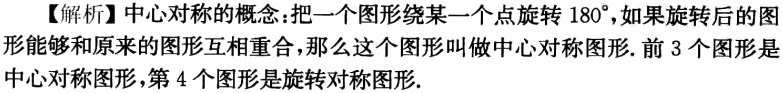
【解析】中心对称的概念：把一个图形绕某一个点旋转$180^{\circ}$，如果旋转后的图形能够和原来的图形互相重合，那么这个图形叫做中心对称图形. 前 3 个图形是中心对称图形，第 4 个图形是旋转对称图形.